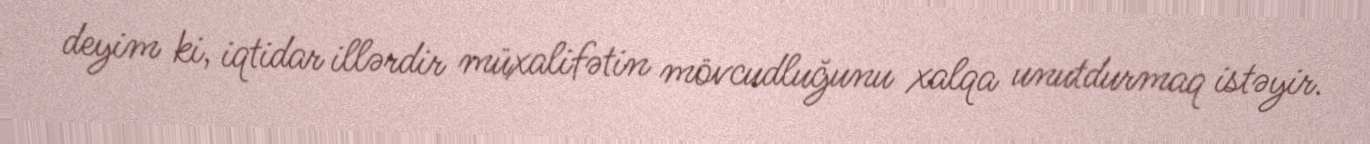
deyim ki, iqtidar illərdir müxalifətin mövcudluğunu xalqa unutdurmaq istəyir.